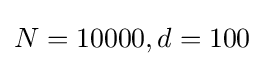
N=10000,d=100